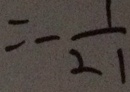
= - \frac { 1 } { 2 1 }